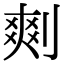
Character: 𠞮